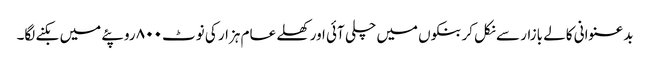
بدعنوانی کالے بازار سے نکل کر بنکوں میں چلی آئی اور کھلے عام ہزار کی نوٹ ۸۰۰ روپئے میں بکنے لگا۔